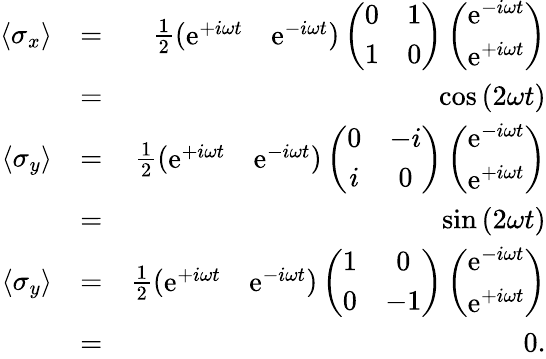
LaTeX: \begin{array}{rlr}{\langle\sigma_{x}\rangle}&{=}&{\frac{1}{2}\left(\begin{array}{cc}{\mathrm{e}^{+i\omega t}}&{\mathrm{e}^{-i\omega t}}\end{array}\right)\left(\begin{array}{cc}{0}&{1}\\ {1}&{0}\end{array}\right)\left(\begin{array}{c}{\mathrm{e}^{-i\omega t}}\\ {\mathrm{e}^{+i\omega t}}\end{array}\right)}\\ &{=}&{\cos\left(2\omega t\right)}\\ {\langle\sigma_{y}\rangle}&{=}&{\frac{1}{2}\left(\begin{array}{cc}{\mathrm{e}^{+i\omega t}}&{\mathrm{e}^{-i\omega t}}\end{array}\right)\left(\begin{array}{cc}{0}&{-i}\\ {i}&{0}\end{array}\right)\left(\begin{array}{c}{\mathrm{e}^{-i\omega t}}\\ {\mathrm{e}^{+i\omega t}}\end{array}\right)}\\ &{=}&{\sin\left(2\omega t\right)}\\ {\langle\sigma_{y}\rangle}&{=}&{\frac{1}{2}\left(\begin{array}{cc}{\mathrm{e}^{+i\omega t}}&{\mathrm{e}^{-i\omega t}}\end{array}\right)\left(\begin{array}{cc}{1}&{0}\\ {0}&{-1}\end{array}\right)\left(\begin{array}{c}{\mathrm{e}^{-i\omega t}}\\ {\mathrm{e}^{+i\omega t}}\end{array}\right)}\\ &{=}&{0.}\end{array}